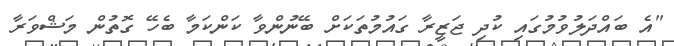
"އެ ބައްދަލުވުމުގައި ކުދި ޖަޒީރާ ގައުމުތަކަށް ބޭނުންވާ ކަންކަމާ ބެހޭ ގޮތުން މަޝްވަރާ